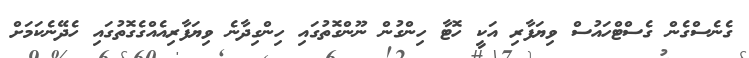
ގެނެސްގެން ގެސްޓްހައުސް ވިޔަފާރި އަކީ ހޮޓާ ހިންގުން ނޫންގޮތުގައި ހިންގިދާނެ ވިޔަފާރިއެއްގެގޮތުގައި ހެދޭނެކަމަށް